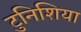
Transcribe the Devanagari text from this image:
टुनिशिया